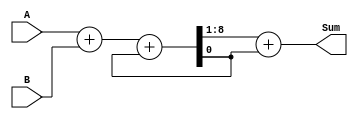
module CarrySaveAdder(
  input [7:0] A,
  input [7:0] B,
  output [7:0] Sum
);

reg [7:0] sum_1, sum_2;
reg carry;

assign Sum = sum_2 + carry;

always @* begin
  sum_1 = A + B;
  {sum_2, carry} = sum_1 + carry;
end

endmodule